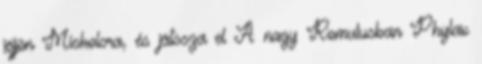
jöjjön Miskolcra, és játssza el A nagy Romulusban Phylax